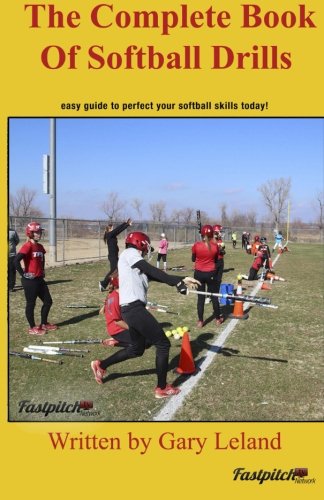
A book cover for Complete Book Of Softball Drills: easy guide to perfect your softball skills (Fastpitch Softball Drills); Mr Gary A. Leland; Sports & Outdoors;